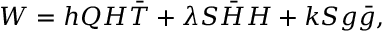
W = h Q H \bar { T } + \lambda S \bar { H } H + k S g \bar { g } ,